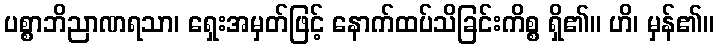
ပစ္စာဘိညာဏရသာ၊ ရှေးအမှတ်ဖြင့် နောက်ထပ်သိခြင်းကိစ္စ ရှိ၏။ ဟိ၊ မှန်၏။